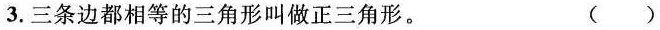
3.三条边都相等的三角形叫做正三角形。 ()